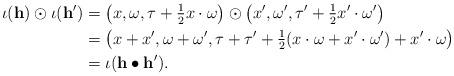
LaTeX: \begin{align*}\iota(\mathbf{h}) \odot \iota(\mathbf{h}') & = \left(x,\omega,\tau+\tfrac{1}{2}x \cdot \omega\right) \odot \left(x',\omega',\tau'+\tfrac{1}{2}x' \cdot \omega'\right)\\& = \left(x+x',\omega+\omega',\tau+\tau'+\tfrac{1}{2}(x \cdot \omega + x' \cdot \omega') + x' \cdot \omega \right)\\& = \iota(\mathbf{h} \bullet \mathbf{h}') .\end{align*}